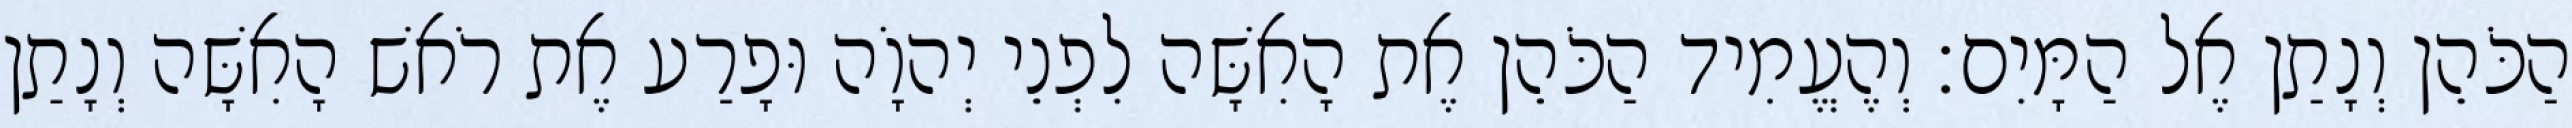
הַכֹּהֵן וְנָתַן אֶל הַמָּיִם׃ וְהֶעֱמִיד הַכֹּהֵן אֶת הָאִשָּׁה לִפְנֵי יְהוָֹה וּפָרַע אֶת רֹאשׁ הָאִשָּׁה וְנָתַן